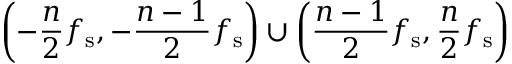
\left( - { \frac { n } { 2 } } f _ { \mathrm { s } } , - { \frac { n - 1 } { 2 } } f _ { \mathrm { s } } \right) \cup \left( { \frac { n - 1 } { 2 } } f _ { \mathrm { s } } , { \frac { n } { 2 } } f _ { \mathrm { s } } \right)